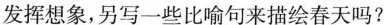
发挥想象,另写一些比喻句来描绘春天吗？